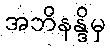
အဘိနန္ဒိမှ